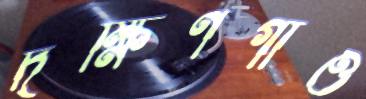
দক্ষিণগাঁও